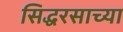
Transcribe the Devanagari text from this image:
सिद्धरसाच्या